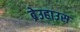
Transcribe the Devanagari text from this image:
ब्रेउहाउस